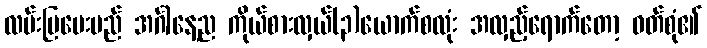
လမ်းပြပေးမည် အင်္ဂါနေ့ည ကိုယ်စားလှယ်(၃)ယောက်စလုံး အလှည့်ရောက်တော့ ဝတ်စုံ၏